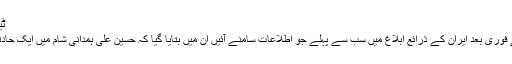
ٹیکسٹ پیغام تنازع کا موجب
جنرل ہمدانی کی ہلاکت کے فوری بعد ایران کے ذرائع ابلاغ میں سب سے پہلے جو اطلاعات سامنے آئیں ان میں بتایا گیا کہ حسین علی ہمدانی شام میں ایک حادثے میں جاں بحق ہوئے ہیں۔